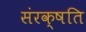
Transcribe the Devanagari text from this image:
संरक्षति